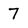
Character: 7